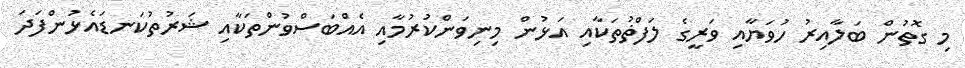
މި ގޮތުން ބަލާއިރު ހުވަޔާއި ވަރީގެ ލަފްޡުތަކާއި އަޅުން މިނިވަންކުރުމާއި އެއްބަސްވުންތަކާއި ޝަރުތުކަނޑައެޅުންފަދަ